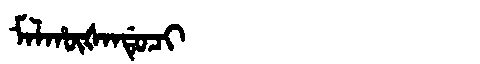
Manchu: ᠮᠠᠯᡥᡡᡧᠠᠨᡩᡠᠴᡳ
Romanization: MALHŪŠANDUCI